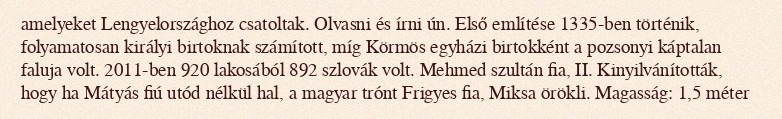
amelyeket Lengyelországhoz csatoltak. Olvasni és írni ún. Első említése 1335-ben történik, folyamatosan királyi birtoknak számított, míg Körmös egyházi birtokként a pozsonyi káptalan faluja volt. 2011-ben 920 lakosából 892 szlovák volt. Mehmed szultán fia, II. Kinyilvánították, hogy ha Mátyás fiú utód nélkül hal, a magyar trónt Frigyes fia, Miksa örökli. Magasság: 1,5 méter